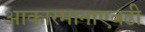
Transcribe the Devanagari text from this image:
आकारमानाएवढी